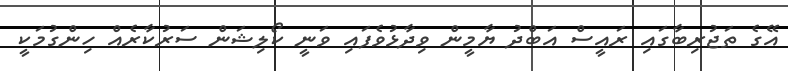
އޭގެ ތަޖުރިބާގައި ރައީސް އަބްދު ޔާމީން ވިދާޅުވެފައި ވަނީ ކޯލިޝަން ސަރުކާރެއް ހިންގުމަކީ